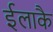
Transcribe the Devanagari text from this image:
ईलाकै